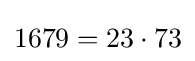
1679=23\cdot 73